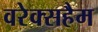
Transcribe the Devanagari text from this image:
वरेक्सहैम